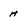
Character: H